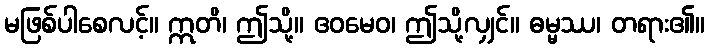
မဖြစ်ပါစေလင့်။ ဣတိ၊ ဤသို့။ ဧဝမေဝ၊ ဤသို့လျှင်။ ဓမ္မဿ၊ တရား၏။